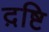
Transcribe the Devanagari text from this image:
द़ष्टि